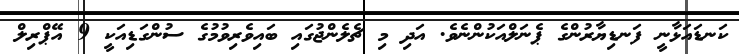
ކަނޑައަޅާނީ ފަނޑިޔާރުންގެ ޕެނަލްއަކުންނެވެ. އަދި މި ޗެލެންޖުގައި ބައިވެރިވުމުގެ ސުންގަޑިއަކީ 9 އޭޕްރިލް